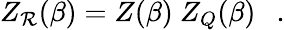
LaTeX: Z_{\mathcal{R}}(\beta)=Z(\beta)~Z_{Q}(\beta)~~~.